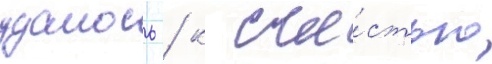
удалось / к сча́стью